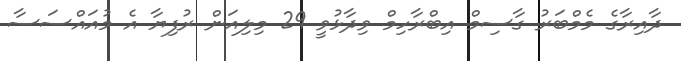
ދާއިރާގެ މެމްބަރު ގާސިމް އިބްރާހިމް ވިދާޅުވީ 29 މިލިއަން ރުފިޔާ އެ މުއައްސަސާ